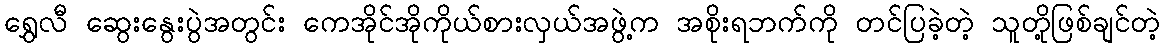
ရွှေလီ ဆွေးနွေးပွဲအတွင်း ကေအိုင်အိုကိုယ်စားလှယ်အဖွဲ့က အစိုးရဘက်ကို တင်ပြခဲ့တဲ့ သူတို့ဖြစ်ချင်တဲ့